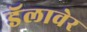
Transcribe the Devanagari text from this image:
डॅलावेर